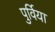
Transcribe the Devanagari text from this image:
पुर्विया